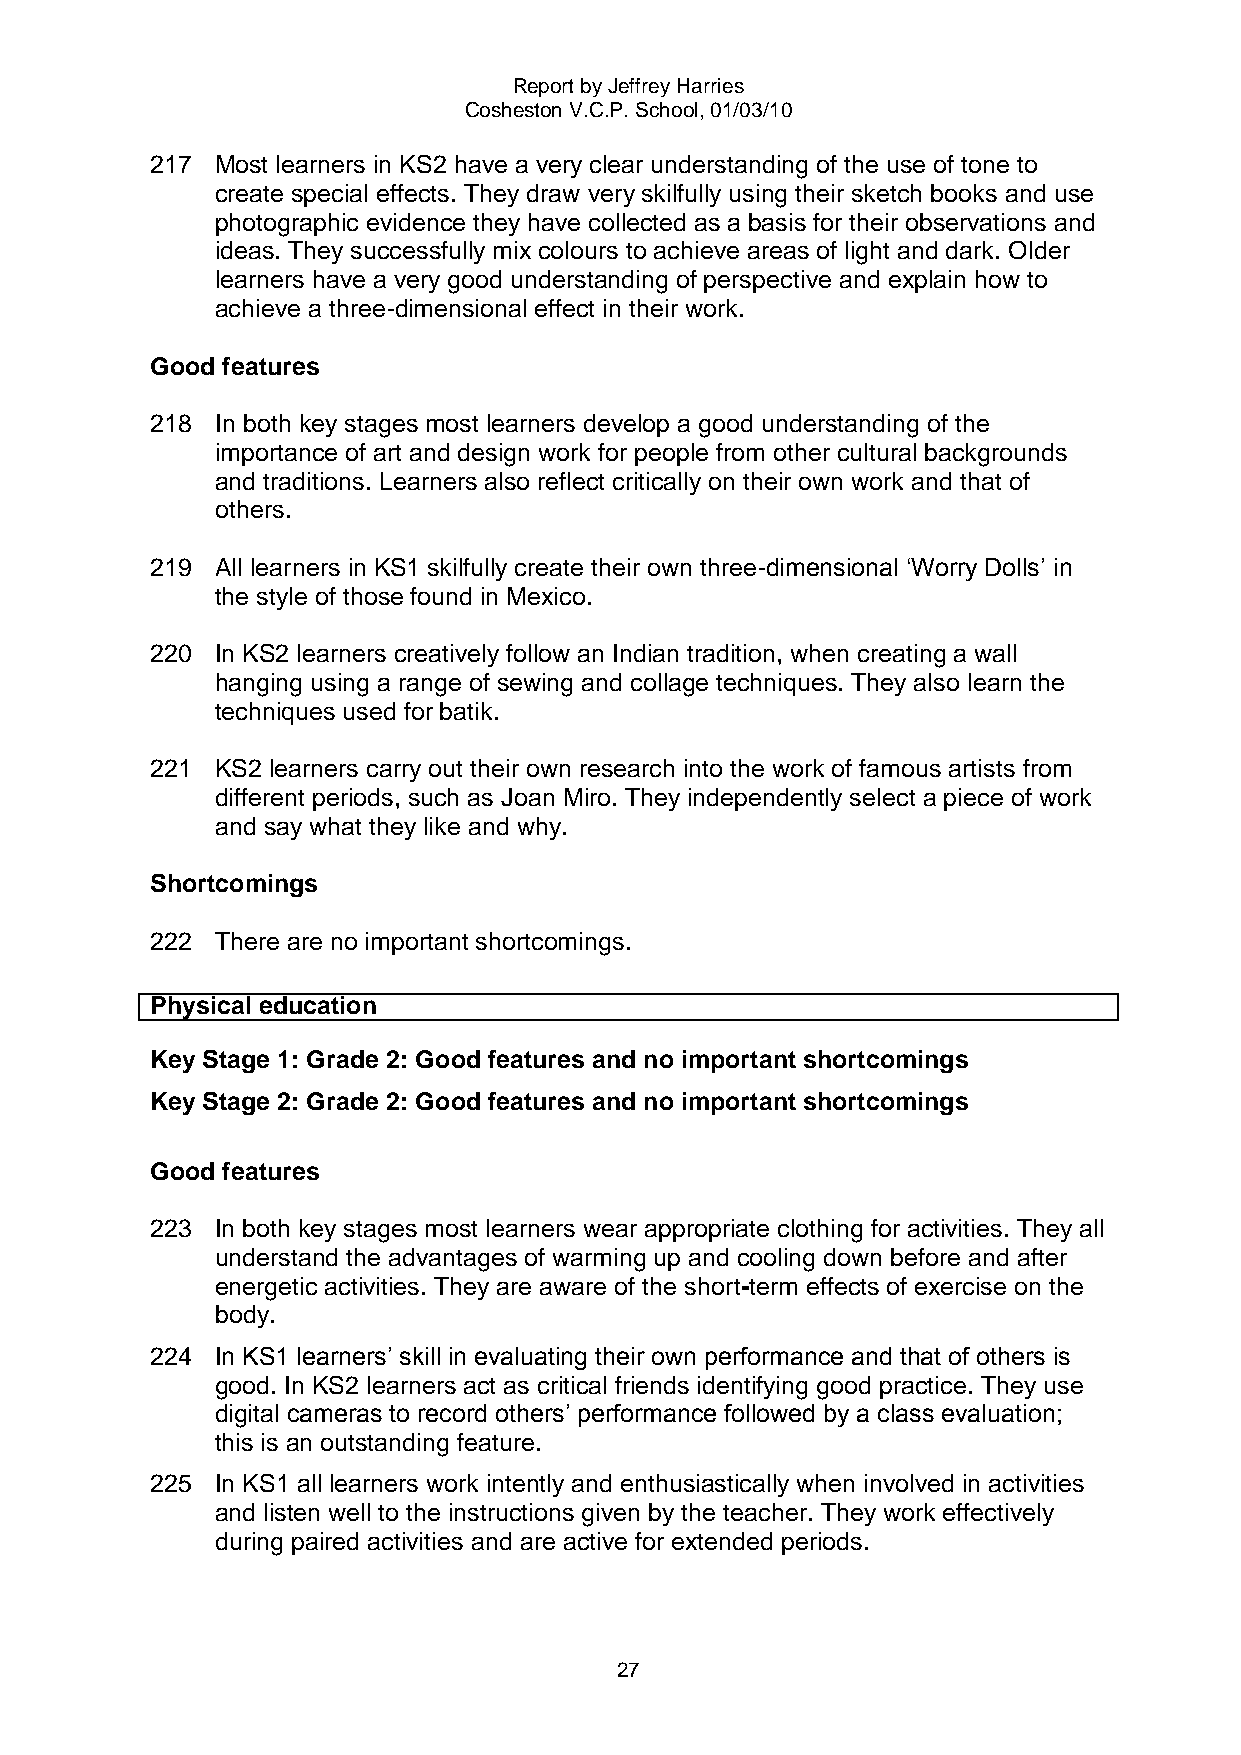
Report by Jeffrey Harries
 Cosheston V.C.P. School, 01/03/10
 217 Most learners in KS2 have a very clear understanding of the use of tone to
 create special effects. They draw very skilfully using their sketch books and use
 photographic evidence they have collected as a basis for their observations and
 ideas. They successfully mix colours to achieve areas of light and dark. Older
 learners have a very good understanding of perspective and explain how to
 achieve a three-dimensional effect in their work.
 Good features
 218 In both key stages most learners develop a good understanding of the
 importance of art and design work for people from other cultural backgrounds
 and traditions. Learners also reflect critically on their own work and that of
 others.
 219 All learners in KS1 skilfully create their own three-dimensional „Worry Dolls‟ in
 the style of those found in Mexico.
 220 In KS2 learners creatively follow an Indian tradition, when creating a wall
 hanging using a range of sewing and collage techniques. They also learn the
 techniques used for batik.
 221 KS2 learners carry out their own research into the work of famous artists from
 different periods, such as Joan Miro. They independently select a piece of work
 and say what they like and why.
 Shortcomings
 222 There are no important shortcomings.
 Physical education
 Key Stage 1: Grade 2: Good features and no important shortcomings
 Key Stage 2: Grade 2: Good features and no important shortcomings
 Good features
 223 In both key stages most learners wear appropriate clothing for activities. They all
 understand the advantages of warming up and cooling down before and after
 energetic activities. They are aware of the short-term effects of exercise on the
 body.
 224 In KS1 learners‟ skill in evaluating their own performance and that of others is
 good. In KS2 learners act as critical friends identifying good practice. They use
 digital cameras to record others‟ performance followed by a class evaluation;
 this is an outstanding feature.
 225 In KS1 all learners work intently and enthusiastically when involved in activities
 and listen well to the instructions given by the teacher. They work effectively
 during paired activities and are active for extended periods.
 27